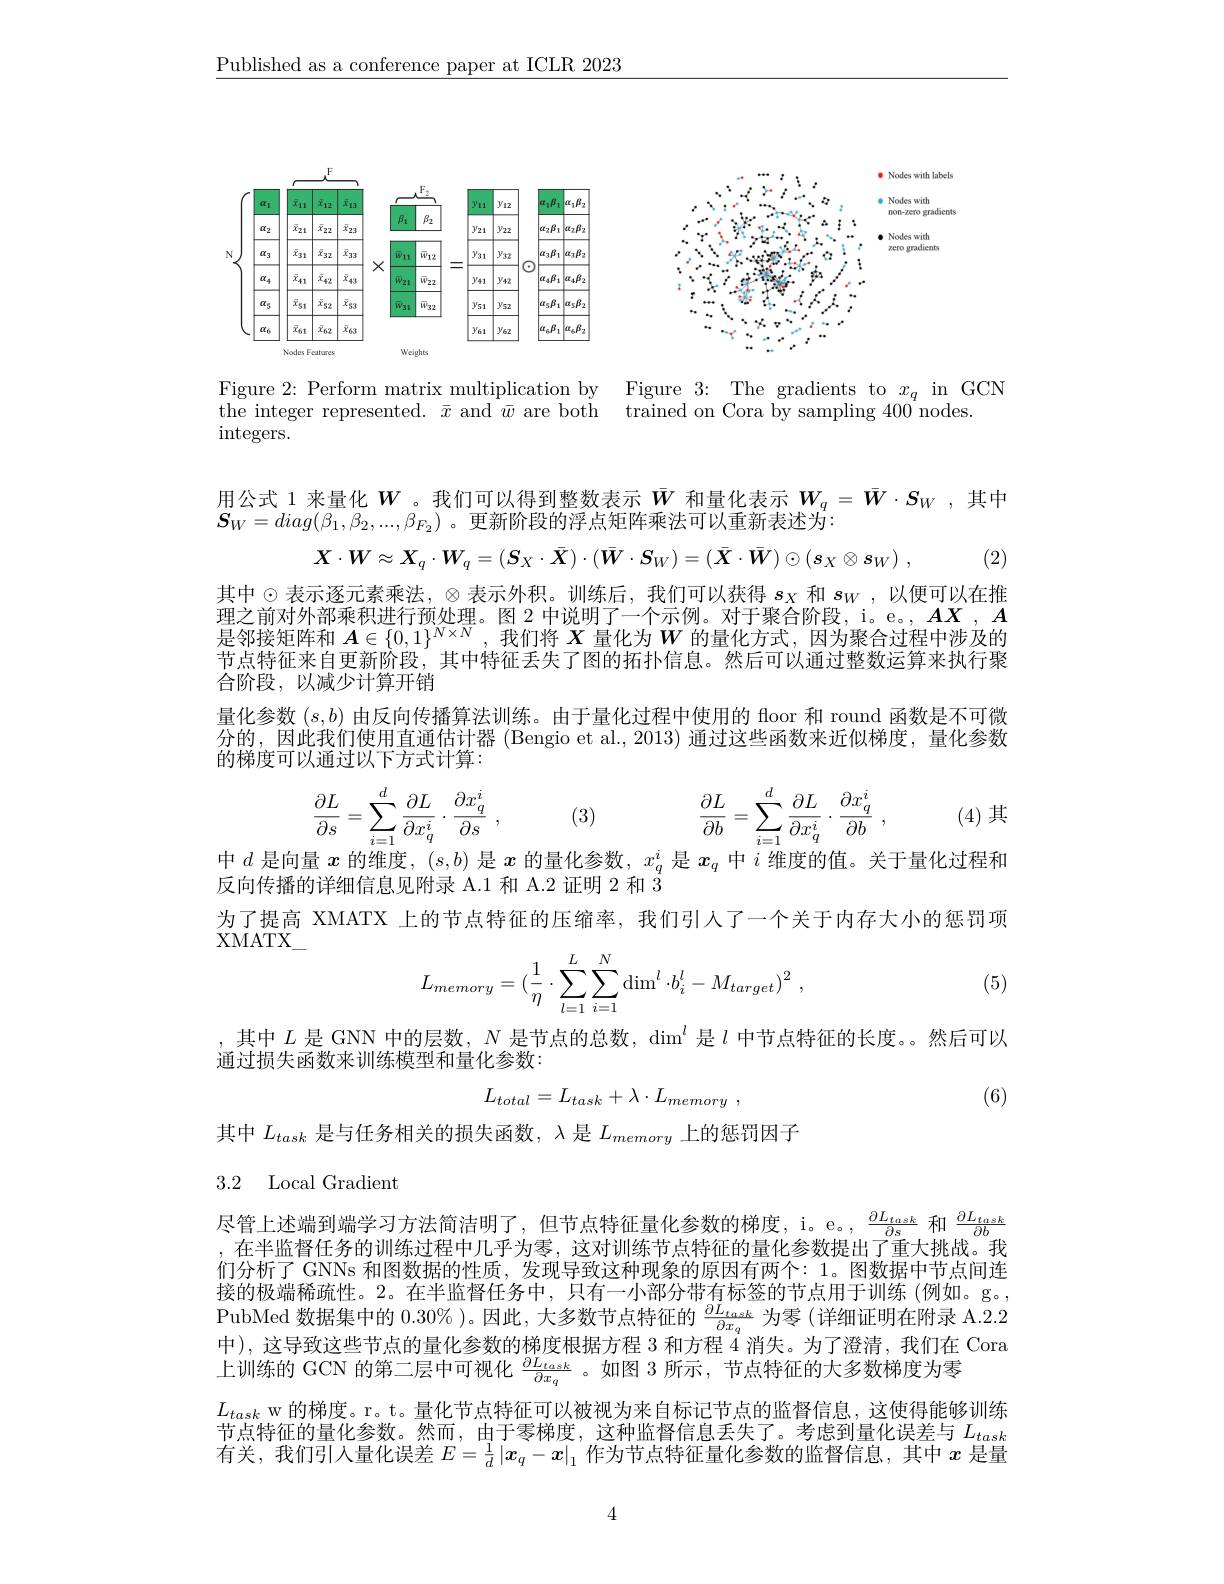
$\underline{\text{Published as a conference paper at ICLR 2023}}$

<FigureHere>

Figure 2: Perform matrix multiplication by Figure 3: The gradients to $x_q$ in GCN
trained on Cora by sampling 400 nodes.

the integer represented. $\bar{x}$ and $\bar{w}$ are both
integers.

用公式 1 来量化$W$ 。我们可以得到整数表示$\bar{W}$和量化表示$W_q=\bar{W}\cdot S_W$ ,其中
$S_W=diag(\beta_1,\beta_2,...,\beta_{F_2})$ 。更新阶段的浮点矩阵乘法可以重新表述为：
$$\boldsymbol{X}\cdot\boldsymbol{W}\approx\boldsymbol{X}_q\cdot\boldsymbol{W}_q=(\boldsymbol{S}_X\cdot\bar{\boldsymbol{X}})\cdot(\bar{\boldsymbol{W}}\cdot\boldsymbol{S}_W)=(\bar{\boldsymbol{X}}\cdot\bar{\boldsymbol{W}})\odot(\boldsymbol{s}_X\otimes\boldsymbol{s}_W)\:,$$
(2)

其中$\odot$表示逐元素乘法，$\otimes$表示外积。训练后，我们可以获得 $s_X$ 和 $s_W$ ,以便可以在推理之前对外部乘积进行预处理。图 2 中说明了一个示例。对于聚合阶段，i。e。, $AX,A$ 是邻接矩阵和$A\in\{0,1\}^{N\times N}$,我们将$X$量化为$W$的量化方式，因为聚合过程中涉及的节点特征来自更新阶段，其中特征丢失了图的拓扑信息。然后可以通过整数运算来执行聚合阶段，以减少计算开销
量化参数$(s,b)$由反向传播算法训练。由于量化过程中使用的 floor 和 round 函数是不可微分的，因此我们使用直通估计器 (Bengio et al.,2013) 通过这些函数来近似梯度，量化参数的梯度可以通过以下方式计算：
$$\begin{aligned}&\frac{\partial L}{\partial s}=\sum_{i=1}^{d}\frac{\partial L}{\partial x_{q}^{i}}\cdot\frac{\partial x_{q}^{i}}{\partial s}\:,\quad(3)\quad\frac{\partial L}{\partial b}=\sum_{i=1}^{d}\frac{\partial L}{\partial x_{q}^{i}}\cdot\frac{\partial x_{q}^{i}}{\partial b}\:,\\&\text{是一的价率( L) 且 的是化会数 }i\text{ 且 }\end{aligned}$$
(4)其

中$d$是向量$x$的维度$,(s,b)$是$x$的量化参数，$x_q^i$是$x_q$中$i$维度的值。关于量化过程和
$\nabla$向传播的详细信息见附录 A.1 和 A.2 证明 2 和 3
为了提高 XMATX 上的节点特征的压缩率，我们引人了一个关于内存大小的惩罚项
$\mathrm{XMATX}_{-}$
$$L_{memory}=(\dfrac{1}{\eta}\cdot\sum\limits_{l=1}^{L}\sum\limits_{i=1}^{N}\dim^{l}\cdot b_{i}^{l}-M_{target})^{2}\:,$$
(5)

,其中$L$是 GNN 中的层数，$N$ 是 节 点 的 总 数 , $\dim ^l$是$l$中节点特征的长度。然后可以
通过损失函数来训练模型和量化参数：
$$L_{total}=L_{task}+\lambda\cdot L_{memory}\:,$$
(6)

其中$L_task$是与任务相关的损失函数，$\lambda$是$L_memory$上的惩罚因子

## 3.2 Local Gradient

尽管上述端到端学习方法简洁明了，但节点特征量化参数的梯度，i。e。, $\frac{\partial L_{task}}{\partial s}$和$\frac{\partial L_{task}}{\partial b}$ ,在半监督任务的训练过程中几乎为零，这对训练节点特征的量化参数提出了重大挑战。我们分析了 GNNs 和图数据的性质，发现导致这种现象的原因有两个：1。图数据中节点间连接的极端稀疏性。2。在半监督任务中，只有一小部分带有标签的节点用于训练 (例如。g。, PubMed 数据集中的$0.30\%$ )。因此，大多数节点特征的$\frac{\partial L_{task}}{\partial x_q}$为零(详细证明在附录 A.2.2中), 这导致这些节点的量化参数的梯度根据方程 3 和方程$4^{\mathrm{i}}$消失。为了澄清，我们在 Cora 上训练的 GCN 的第二层中可视化$\frac{\partial L_{task}}{\partial x_q}$。如图 3 所示，节点特征的大多数梯度为零
$L_{task}$ w 的梯度。r。t。量化节点特征可以被视为来自标记节点的监督信息，这使得能够训练节点特征的量化参数。然而，由于零梯度，这种监督信息丢失了。考虑到量化误差与$L_{task}$ 有关，我们引入量化误差$E=\frac1d\left|x_q-x\right|_1$作为节点特征量化参数的监督信息，其中$x$是量

4